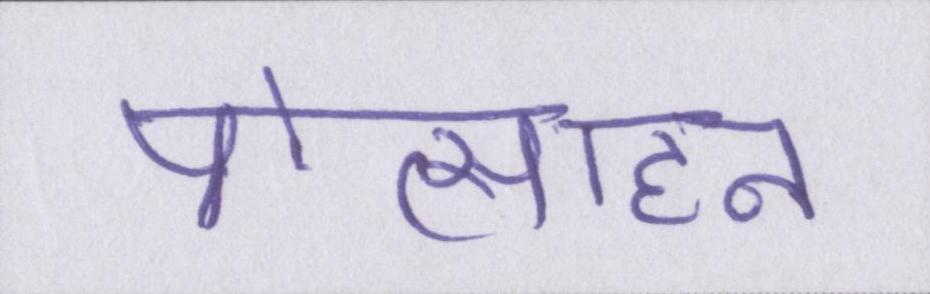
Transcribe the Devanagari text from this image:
प्रोत्साहन